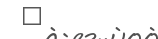
٨